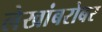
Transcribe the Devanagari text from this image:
लेखांबरोबर